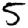
Digit: 5